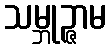
သမ္ဘုဉ္ဇာမ